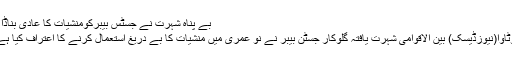
بے پناہ شہرت نے جسٹس بیبرکومنشیات کا عادی بناڈالا
اوٹاوا(نیوزڈیسک) بین الاقوامی شہرت یافتہ گلوکار جسٹن بیبر نے نو عمری میں منشیات کا بے دریغ استعمال کرنے کا اعتراف کیا ہے۔